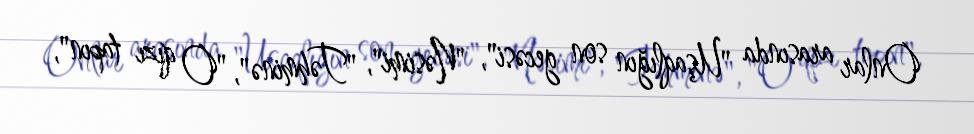
Onlar arasında "Uşaqlığın son gecəsi", "Nəsimi", "Təhminə", "O qızı tapın",